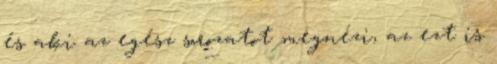
és aki az egész sorozatot megnézi, az ezt is